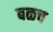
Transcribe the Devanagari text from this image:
बळच